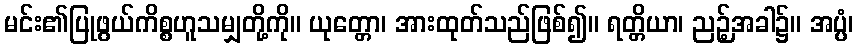
မင်း၏ပြုဖွယ်ကိစ္စဟူသမျှတို့ကို။ ယုတ္တော၊ အားထုတ်သည်ဖြစ်၍။ ရတ္တိယာ၊ ညဉ့်အခါ၌။ အပ္ပံ၊